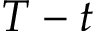
T - t